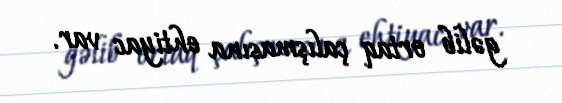
gəlib ortaq çalışmasına ehtiyac var.